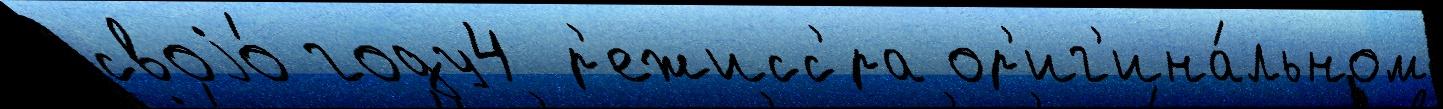
своjо́ году4 р'ежисс'́ра ор'иг'ина́льном